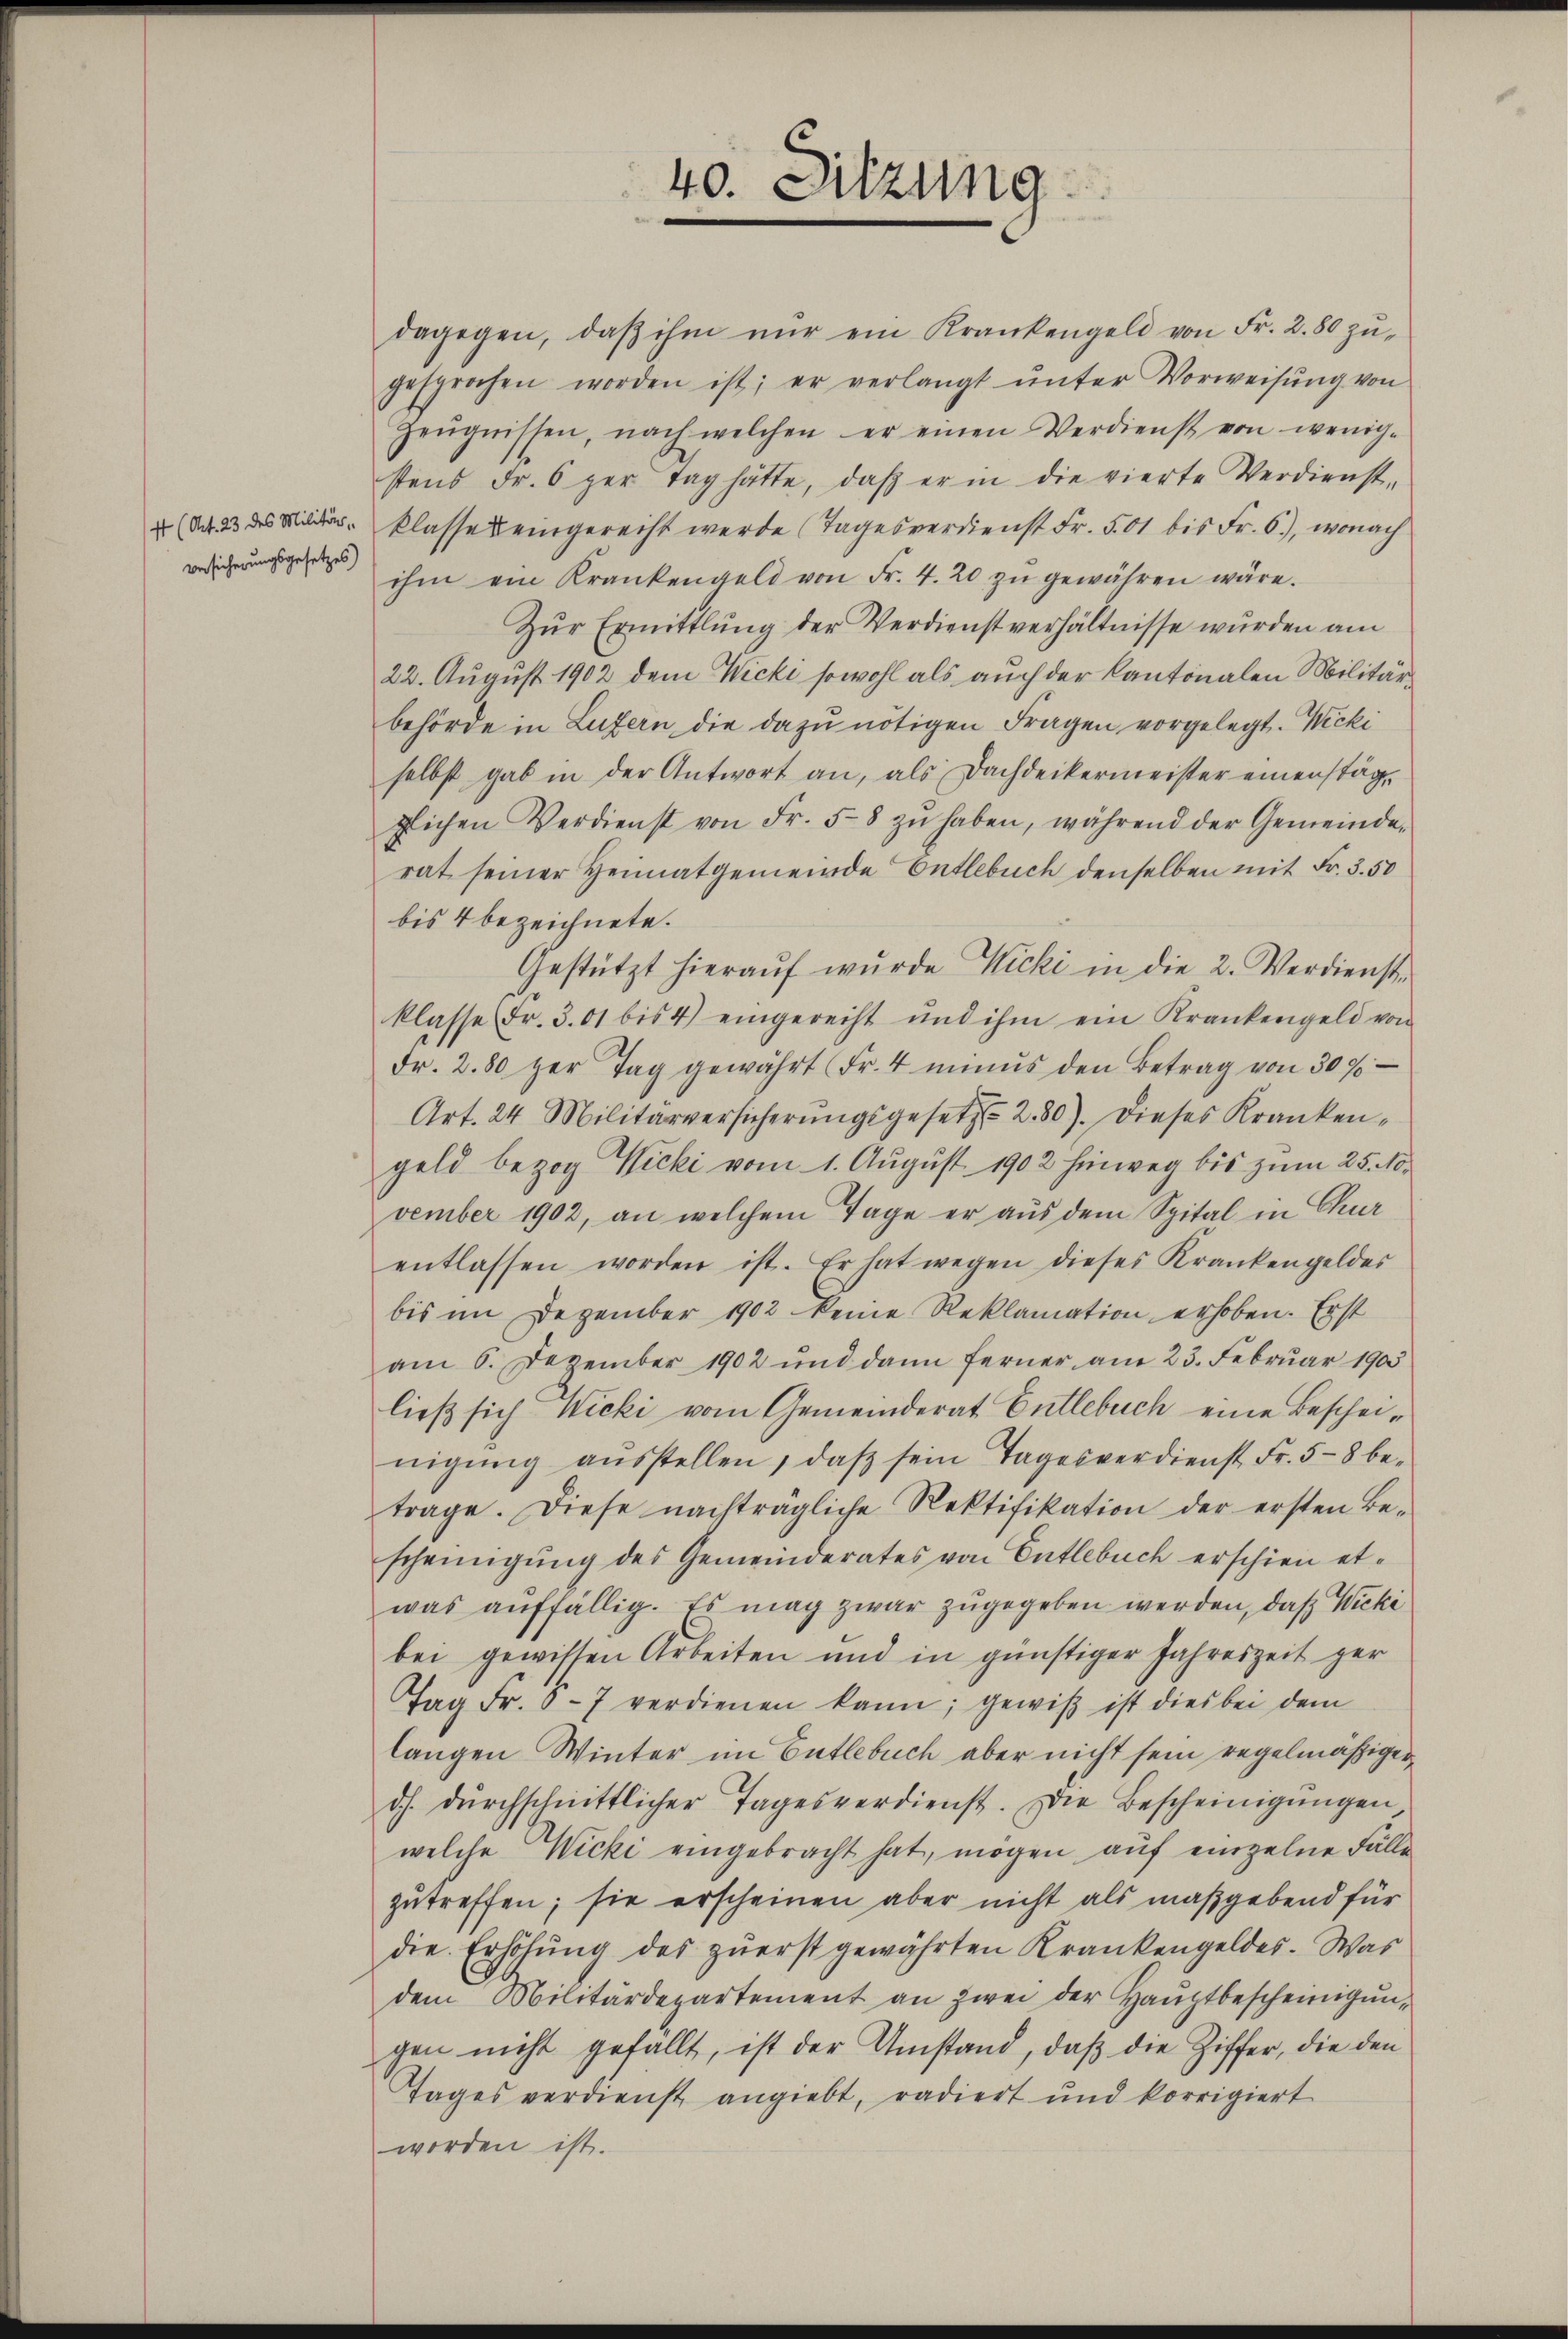
4 (Art. 23 des Militär-
Besicherungsgesetzes)

dagegen, daβ ihm nŭr ein Krankengeld von Fr. 280 zŭ-
gesprochen worden ist; er verlangt ŭnter Vorweisŭng von
Zeŭgnissen, nach welchen er einen Verdienst von wenig-
stens Fr. 6 per Tag hätte, daβ er in die vierte Verdienst-
klasses eingerecht werde (Tagesverdienst Fr. 501 bis Fr. 6), wonach
ihm ein Krankengeld von Fr. 4. 20 zŭ gewähren wäre.
Zŭr Ermittlung der Verdienstverhältnisse wurden am
22. August 1902 dem Wicki sowohl als auch der Kantonalen Militärbehörde in Luzern die dazu nötigen Fragen vorgelegt. Wicki
selbst gab in der Antwort an, als Dachdeckermeister einenstägglichen Verdienst von Fr. 58 zŭ haben, während der Gemeinde-
rat seiner Heimatgemeinde Entlebuch denselben mit Fr. 3. 50
bis 4 bezeichnete.
Gestützt hieraŭf wurde Nicki in die 2. Verdienst-
klasse Fr. 301 bis 4) eingerecht und ihm ein Krankengeld von
Fr. 280 her Tag gewährt Fr. 4 minus den Betrag von 309
Art. 24 Militärversicherŭngsgesetzt 280). Dieses Krankengeld bezog Wicki vom 1. August 1902 hinweg bis zum 25. 10.
vember 1902, an welchem Tage er aus dem Spital in Chur
entlassen worden ist. Er hat wegen dieses Krankengeldes
bis im Dezember 1902 keine Reklamation erhoben. Erst
am 6. Dezember 1902 und dann ferner am 23. Febrŭar 1905
ließ sich Wicki vom Gemeinderat Entlebuch eine Bescheinigŭng aŭsstellen, daβ sein Tagesverdienst Fr. 58 be-
trage. Diese nachträgliche Rektifikation der ersten Be-
scheinigung des Gemeinderates von Entlebuch erschien etwas auffällig. Es mag zwar zugegeben werden, daß Wicki
bei gewissen Arbeiten und in günstiger Jahreszeit ger
Tag Fr. 6-7 verdienen kann; gewiß ist dies bei dem
langen Winter im Entlebuch aber nicht sein regelmäßiger
dh. dŭrchschnittlicher Tagesverdienst. Die Bescheinigŭngen
welche Wicki eingebracht hat, mögen auf einzelne Fälle
zutreffen; sie erscheinen aber nicht als maßgebend für
die. Erhöhung des zuerst gewährten Krankengeldes. Was
dem Militärdepartement an zwei der Haŭptbescheinigŭn-
gen nicht gefällt, ist der Umstand, daß die Ziffer, die den
Tages verdienst angiebt, radiert und korrigiert
worden ist.

40. Sitzung.